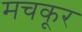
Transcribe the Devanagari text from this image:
मचकूर